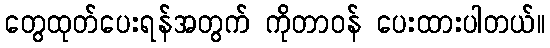
တွေထုတ်ပေးရန်အတွက် ကိုတာဝန် ပေးထားပါတယ်။